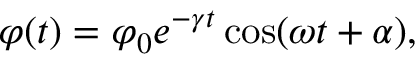
\varphi ( t ) = \varphi _ { 0 } e ^ { - \gamma t } \cos ( \omega t + \alpha ) ,